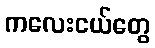
ကလေးငယ်တွေ